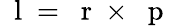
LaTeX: \mathrm{~\mathbf~l~}=\mathrm{~\mathbf~r~}\times\mathrm{~\mathbf~p~}